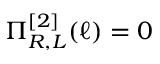
\Pi _ { R , L } ^ { [ 2 ] } ( \ell ) = 0